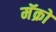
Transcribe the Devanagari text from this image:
मॅक्रो